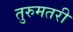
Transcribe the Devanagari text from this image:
तुरुमतरी